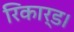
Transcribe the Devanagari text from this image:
रिकार्ड।